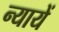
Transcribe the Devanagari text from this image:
न्यायें